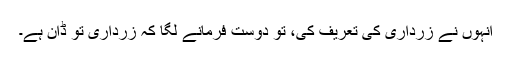
انہوں نے زرداری کی تعریف کی، تو دوست فرمانے لگا کہ زرداری تو ڈان ہے۔